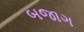
બજાગ